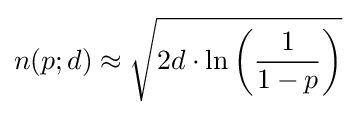
n(p;d)\approx {\sqrt {2d\cdot \ln \left({\frac {1}{1-p}}\right)}}